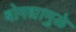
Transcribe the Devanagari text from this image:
बोगद्यामुळे